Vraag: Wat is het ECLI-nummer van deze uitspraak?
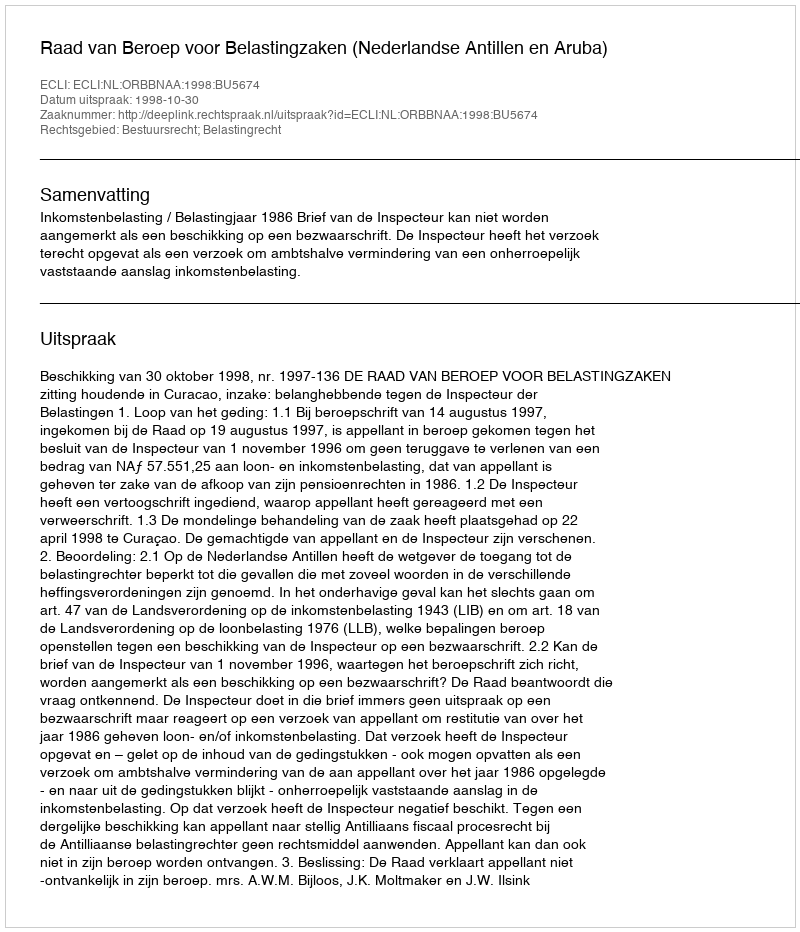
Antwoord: ECLI:NL:ORBBNAA:1998:BU5674